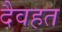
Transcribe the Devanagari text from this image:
दैवहत